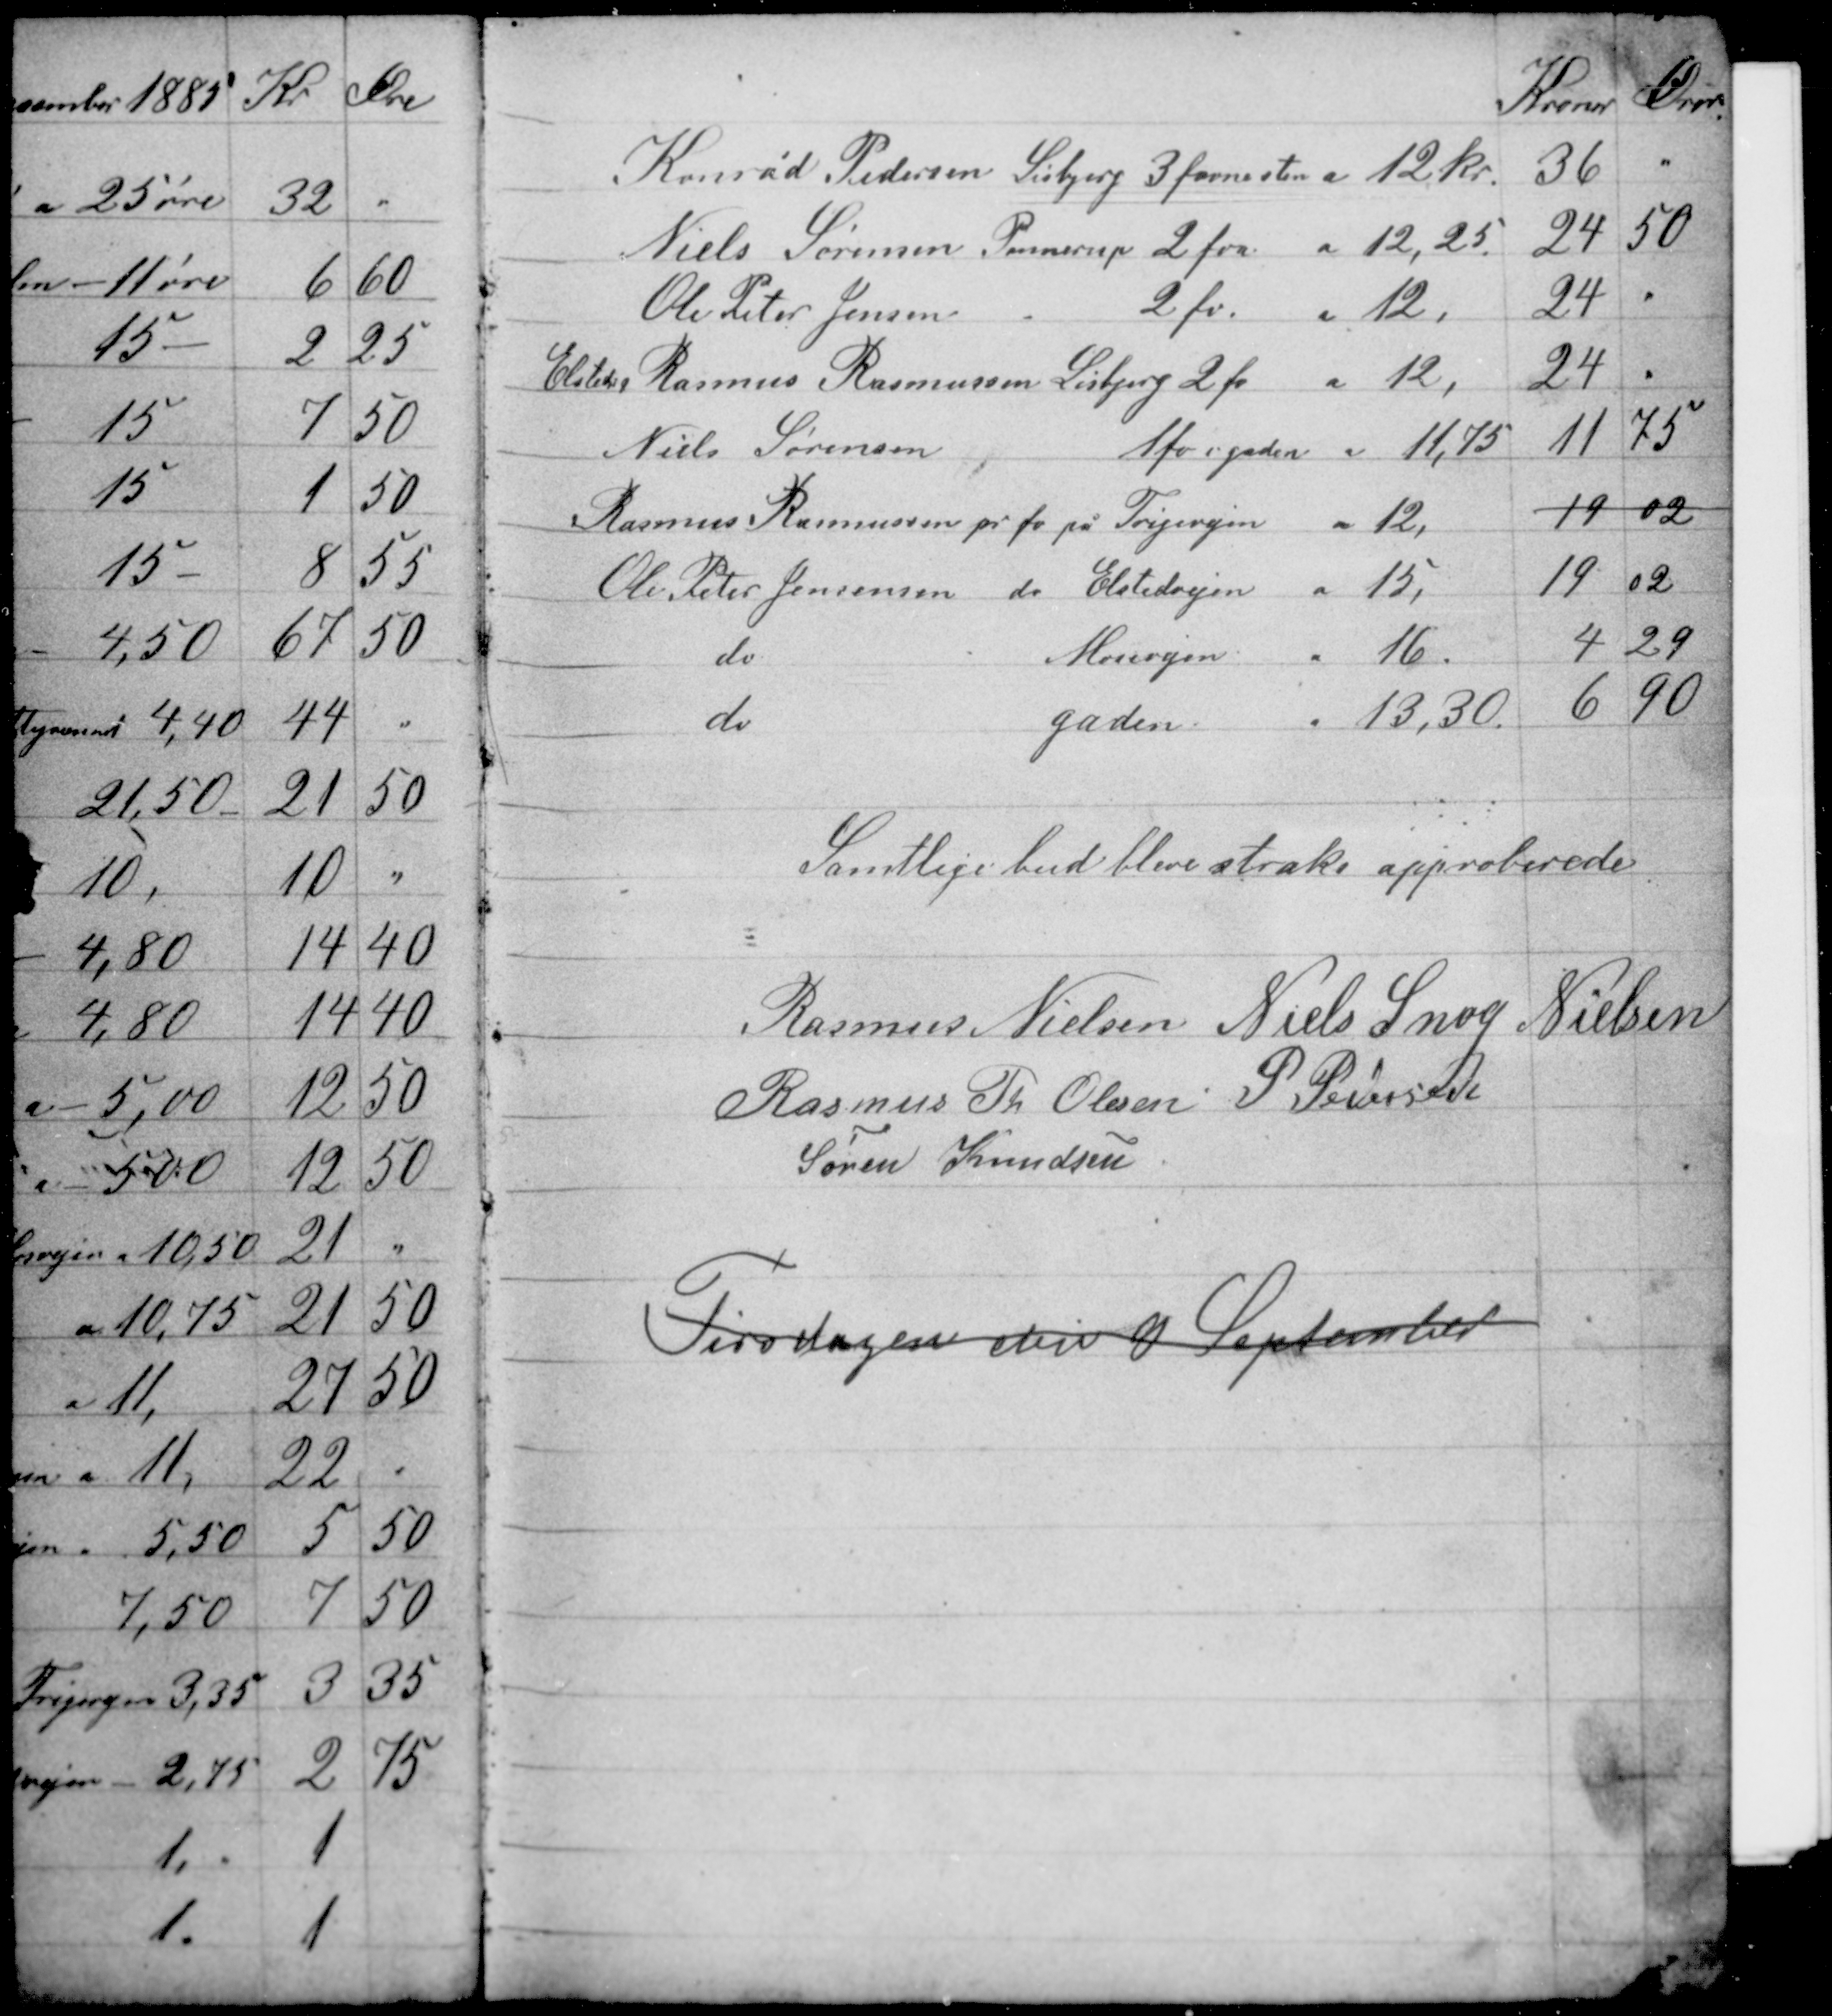
Transskription:
Samtlige bud blive straks approberede

Rasmus Nielsen Niels Snog Nielsen
Rasmus Th Olesen P. Pedersen
Søren Knudsen

Tirsdagen den 8 September